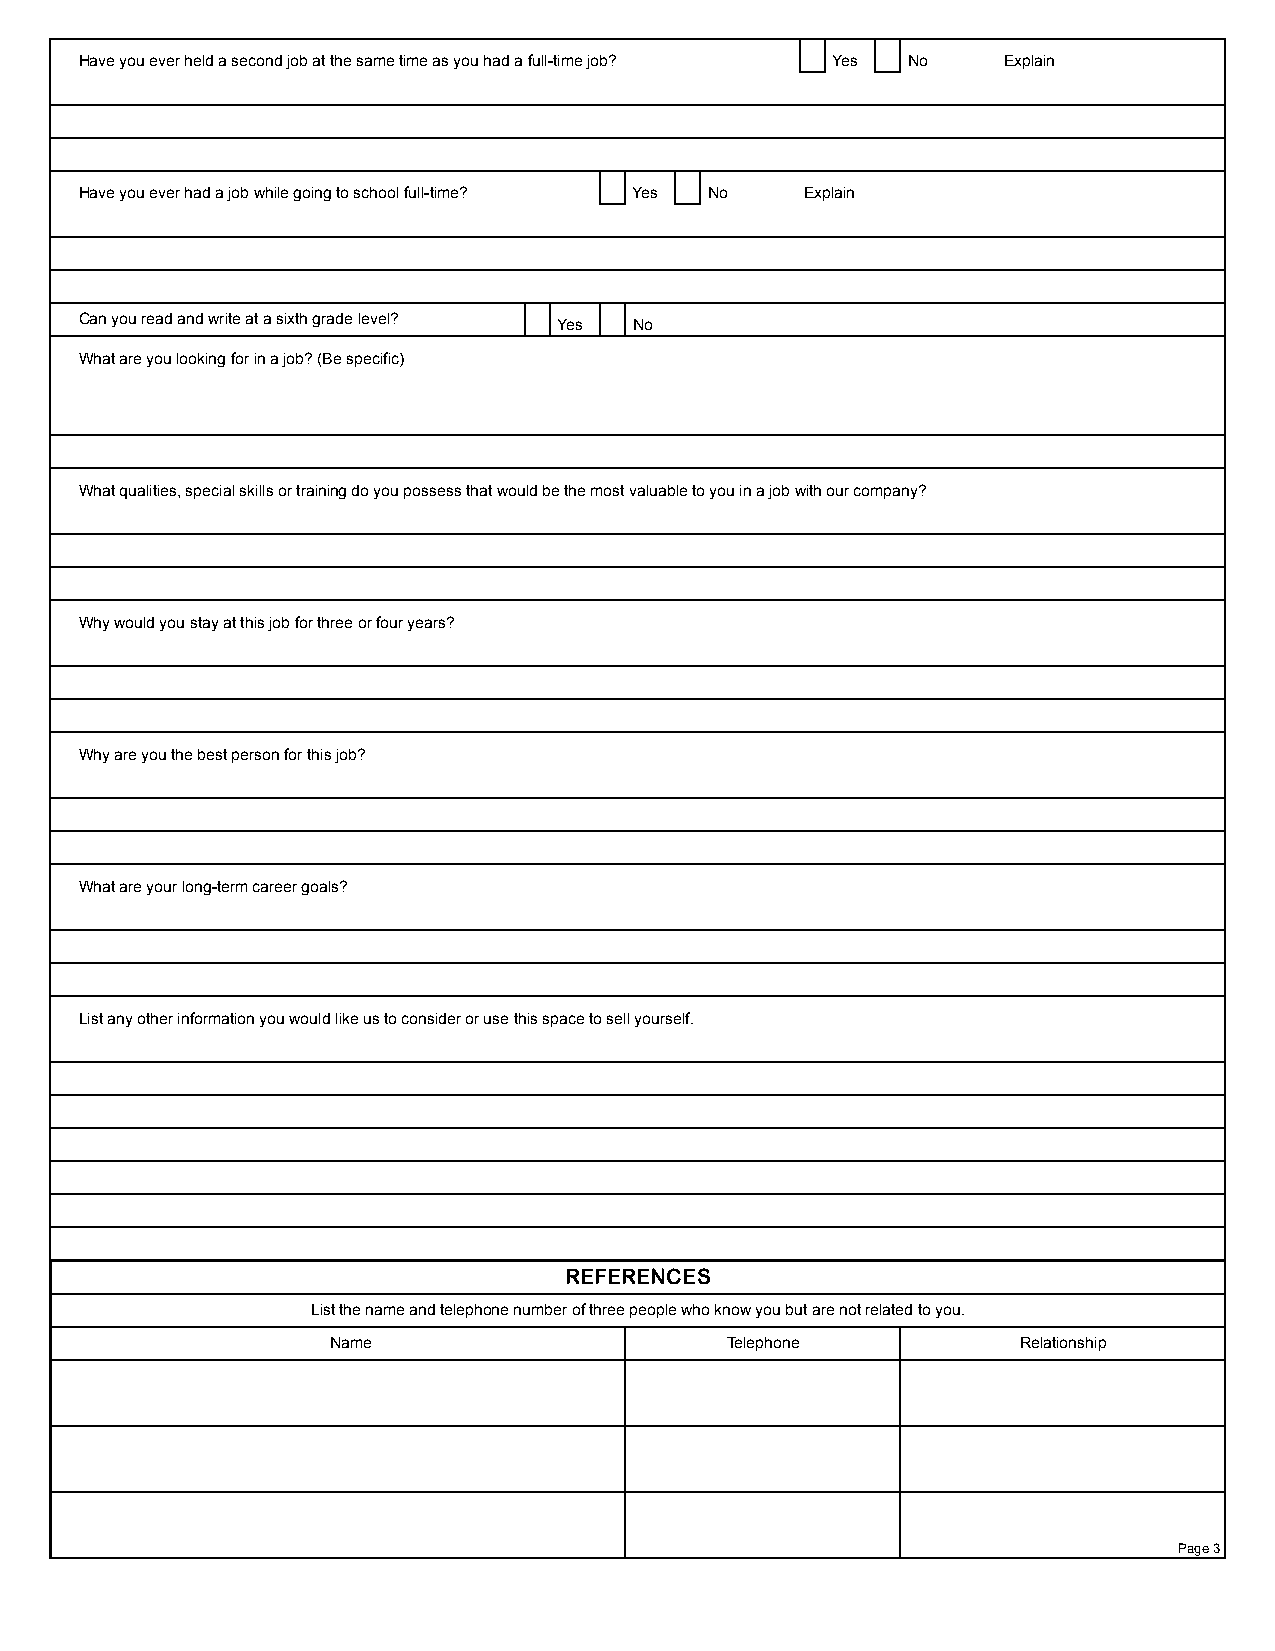
Have you ever held a second job at the same time as you had a full-time job? Yes No Explain
 Have you ever had a job while going to school full-time? Yes No Explain
 Can you read and write at a sixth grade level? Yes No
 What are you looking for in a job? (Be specific)
 What qualities, special skills or training do you possess that would be the most valuable to you in a job with our company?
 Why would you stay at this job for three or four years?
 Why are you the best person for this job?
 What are your long-term career goals?
 List any other information you would like us to consider or use this space to sell yourself.
 REFERENCES
 List the name and telephone number of three people who know you but are not related to you.
 Name                      Telephone           Relationship
 Page 3